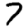
Digit: 7